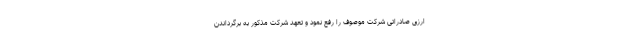
ارزی صادراتی شرکت موصوف را رفع نمود و تعهد شرکت مذکور به برگرداندن